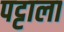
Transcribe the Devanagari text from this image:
पट्टाला